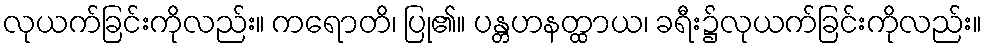
လုယက်ခြင်းကိုလည်း။ ကရောတိ၊ ပြု၏။ ပန္တဟနတ္ထာယ၊ ခရီး၌လုယက်ခြင်းကိုလည်း။